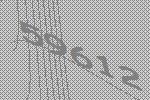
59612